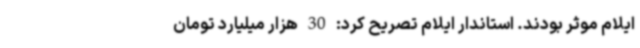
ایلام موثر بودند. استاندار ایلام تصریح کرد: 30 هزار میلیارد تومان